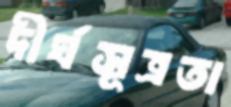
দীর্ঘসূত্রতা